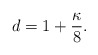
\begin{align*} d= 1 + \frac \kappa 8 . \end{align*}